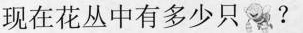
现在花丛中有多少只蜜蜂?